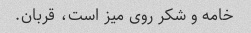
خامه و شکر روی میز است، قربان.